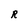
Character: R